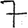
Digit: 7